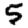
Digit: 5